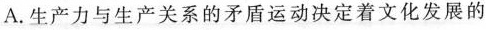
A.生产力与生产关系的矛盾运动决定着文化发展的